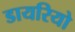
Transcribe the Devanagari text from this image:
डायरियो